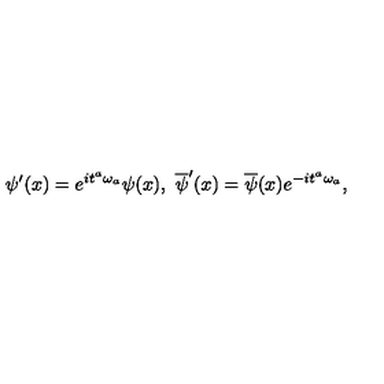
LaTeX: { \psi } ^ { \prime } ( x ) = e ^ { i { t } ^ { a } { \omega } _ { a } } { \psi } ( x ) , \ \overline { { \psi } } ^ { \prime } ( x ) = \overline { { \psi } } ( x ) e ^ { - i { t } ^ { a } { \omega } _ { a } } ,